Scottish Leaving Certificate Examination, 1954
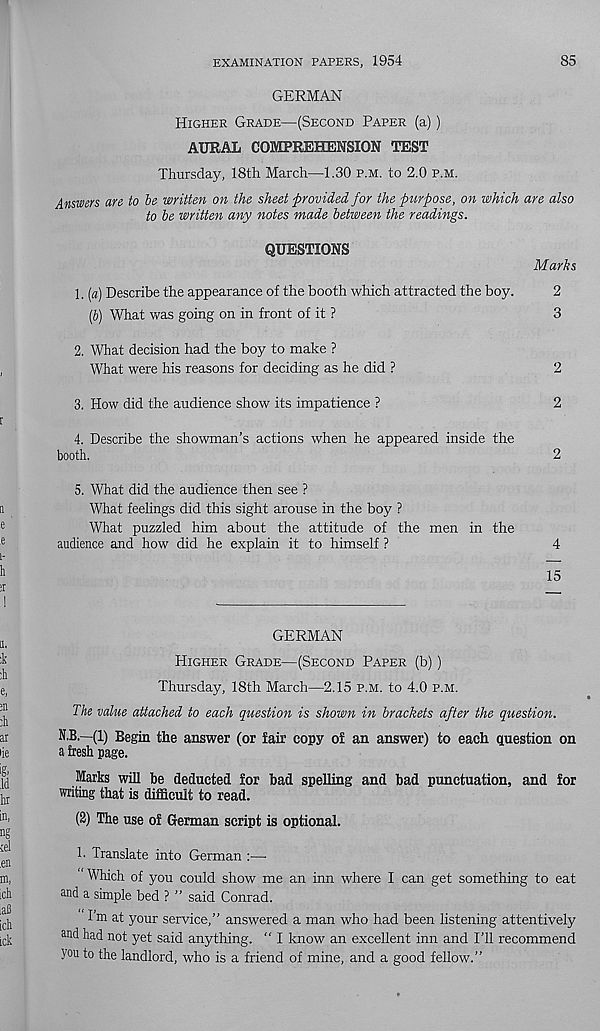
EXAMINATION PAPERS, 1954
85
GERMAN
Higher Grade—(Second Paper (a))
AURAL COMPREHENSION TEST
Thursday, 18th March—1.30 p.m. to 2.0 p.m.
Answers are to be written on the sheet provided for the purpose, on which are also
to be written any notes made between the readings.
QUESTIONS
Marks
1. [a) Describe the appearance of the booth which attracted the boy.
2
[b) What was going on in front of it ?
3
2. What decision had the boy to make ?
What were his reasons for deciding as he did ?
2
3. How did the audience show its impatience ?
2
4. Describe the showman’s actions when he appeared inside the
booth.
2
5. What did the audience then see ?
What feelings did this sight arouse in the boy ?
What puzzled him about the attitude of the men in the
audience and how did he explain it to himself ?
4
15
GERMAN
Higher Grade—(Second Paper (b))
Thursday, 18th March—2.15 p.m. to 4.0 p.m.
The value attached to each question is shown in brackets after the question.
N.B.—(1) Begin the answer (or fair copy of an answer) to each question on
a fresh page.
Marks will be deducted for bad spelling and bad punctuation, and for
writing that is difficult to read.
(2) The use of German script is optional.
1. Translate into German :—
Which of you could show me an inn where I can get something to eat
and a simple bed ? ” said Conrad.
I m at your service,” answered a man who had been listening attentively
and had not yet said anything. “ I know an excellent inn and I’ll recommend
you to the landlord, who is a friend of mine, and a good fellow.”